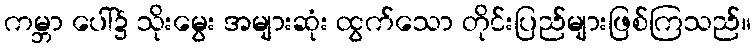
ကမ္ဘာ ပေါ်၌ သိုးမွေး အများဆုံး ထွက်သော တိုင်းပြည်များဖြစ်ကြသည်။